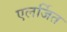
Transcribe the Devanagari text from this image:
एलर्जित